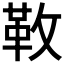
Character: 𩉩